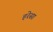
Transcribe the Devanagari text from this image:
हरेसा